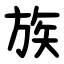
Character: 族